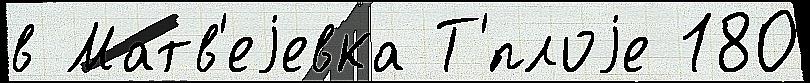
в Матв'еjевка Т'́плоjе 180